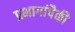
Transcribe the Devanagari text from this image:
प्रभागांपैकी